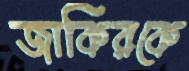
জাকিরকে